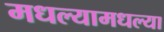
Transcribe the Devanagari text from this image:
मधल्यामधल्या